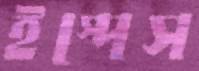
ইস্পেস